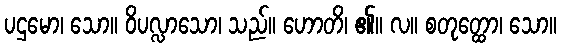
ပဌမော၊ သော။ ဝိပလ္လာသော၊ သည်။ ဟောတိ၊ ၏။ လ။ စတုတ္ထော၊ သော။